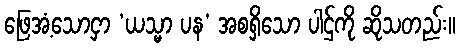
ဖြေအံ့သောငှာ ‘ယသ္မာ ပန’ အစရှိသော ပါဌ်ကို ဆိုသတည်း။